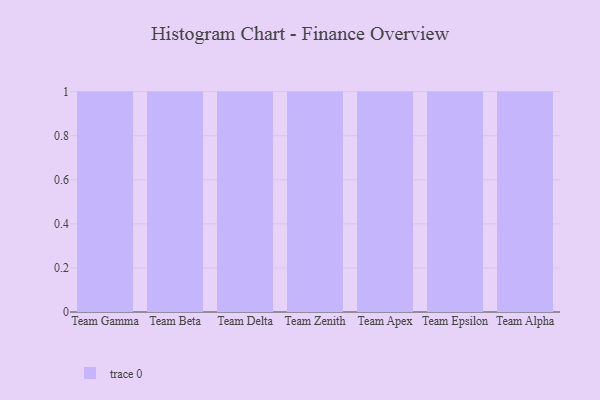
{"axis": {"x": "Team", "y": "Inventory Turnover"}, "legend": [""], "data": [{"x": "Team Gamma", "y": 42, "type": ""}, {"x": "Team Beta", "y": 48, "type": ""}, {"x": "Team Delta", "y": 62, "type": ""}, {"x": "Team Zenith", "y": 86, "type": ""}, {"x": "Team Apex", "y": 73, "type": ""}, {"x": "Team Epsilon", "y": 30, "type": ""}, {"x": "Team Alpha", "y": 74, "type": ""}]}